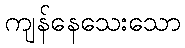
ကျန်နေသေးသော